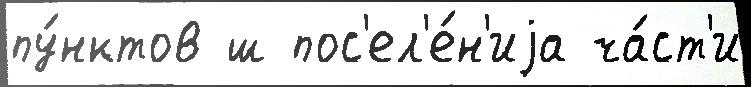
пу́нктов ш пос'ел'е́н'иjа ча́ст'и